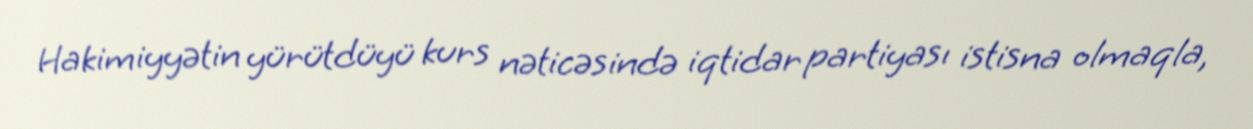
Hakimiyyətin yürütdüyü kurs nəticəsində iqtidar partiyası istisna olmaqla,